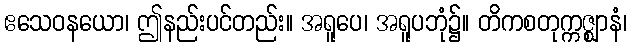
ဧသေဝနယော၊ ဤနည်းပင်တည်း။ အရူပေ၊ အရူပဘုံ၌။ တိကစတုက္ကဇ္ဈာနံ၊